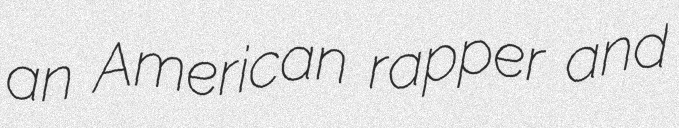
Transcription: an American rapper and